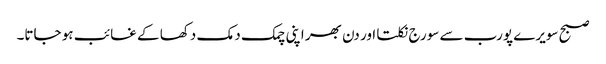
صبح سویرے پورب سے سورج نکلتا اور دن بھر اپنی چمک دمک دکھا کے غائب ہو جاتا۔